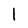
Character: l